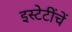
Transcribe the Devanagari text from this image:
इस्टेटींचें